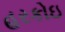
હરકોઇ